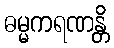
ဓမ္မကရဏန္တိ